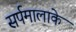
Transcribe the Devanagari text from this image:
सर्पमालाके